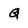
Character: q